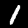
Digit: 1